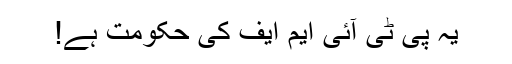
یہ پی ٹی آئی ایم ایف کی حکومت ہے!